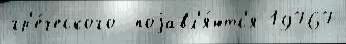
гр'е́ческого  поjавл'я́ютс'я 19767